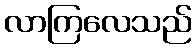
လာကြလေသည်